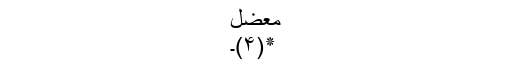
معضل
٭(۴)۔